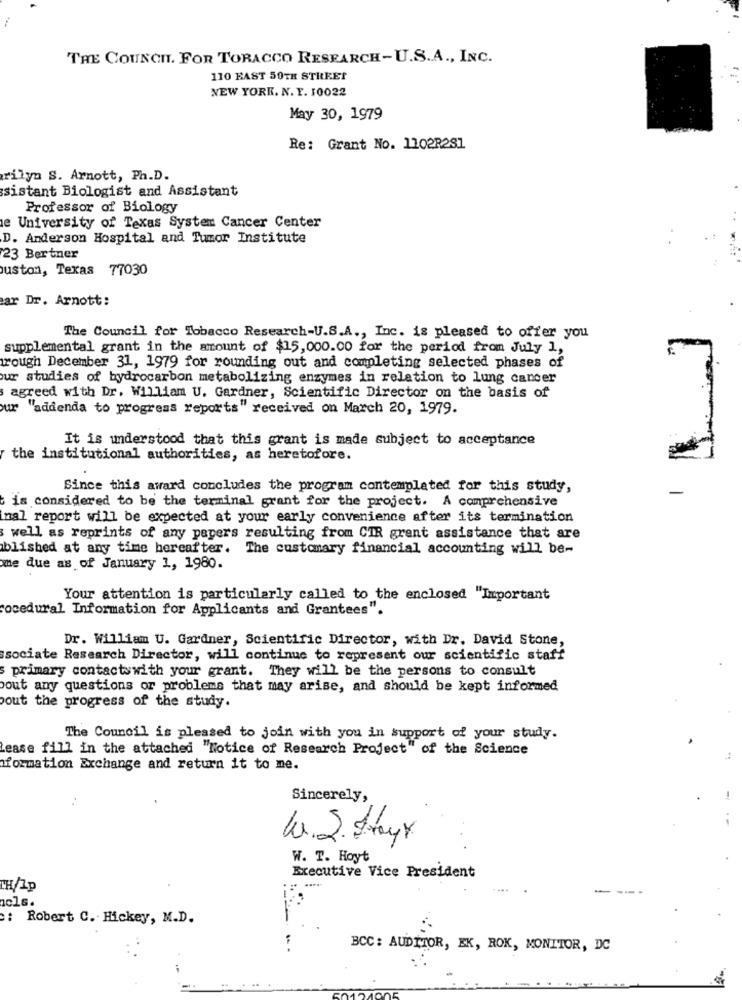
THE COUNCIL. FOR TORACCO RESEARCH-U.S.A ., INC.
110 FAST 59TH STREET
NEW YORK. N. Y. 10022
May 30, 1979
Re: Grant No. 1102R281
rilyn S. Arnott, Ph.D.
sistant Biologist and Assistant
Professor of Biology
e University of Texas System Cancer Center
D. Anderson Hospital and Tumor Institute
23 Bertner
uston, Texas 77030
ar Dr. Arnott:
The Council for Tobacco Research-U.S.A ., Inc. is pleased to offer you
supplemental grant in the amount of $15,000.00 for the period from July 1,
rough December 31, 1979 for rounding out and completing selected phases of
ur studies of hydrocarbon metabolizing enzymes in relation to lung cancer
agreed with Dr. William U. Gardner, Scientific Director on the basis of
ur "addenda to progress reports" received on March 20, 1979.
It is understood that this grant is made subject to acceptance
the institutional authorities, as heretofore.
Since this award concludes the program contemplated for this study,
is considered to be the terminal grant for the project. A comprehensive
mal report will be expected at your early convenience after its termination
well as reprints of any papers resulting from CIR grent assistance that are
ablished at any time hereafter. The customary financial accounting will be-
me due as of January 1, 1980.
Your attention is particularly called to the enclosed "Important
cedural Information for Applicants and Grantees".
Dr. William U. Gardner, Scientific Director, with Dr. David Stone,
ssociate Research Director, will continue to represent our scientific staff
primary contactswith your grant. They will be the persons to consult
pout any questions or problems that may arise, and should be kept informed
out the progress of the study.
The Council is pleased to join with you in support of your study.
Lease fill in the attached "Notice of Research Project" of the Science
formation Exchange and return it to me.
Sincerely,
10. 2. Drayx
W. T. Hoyt
Executive Vice President
CH/Ip
: Robert C. Hickey, M.D.
BCC: AUDITOR, EK, ROK, MONITOR, DC